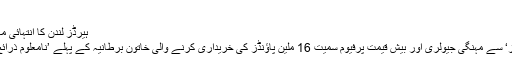
بدھ 29 مئی 2019 17:15
ہیرڈز لندن کا انتہائی مہنگا ڈیپارٹمنٹل سٹور ہے (اے ایف پی)
لندن کے مشہور ڈپارٹمنٹل سٹور ’ہیرڈز‘ سے مہنگی جیولری اور بیش قیمت پرفیوم سمیت 16 ملین پاؤنڈز کی خریداری کرنے والی خاتون برطانیہ کے پہلے ’نامعلوم ذرائع آمدن‘ کے قانون کا شکار بن گئی ہیں۔